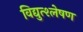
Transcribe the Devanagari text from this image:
विद्युत्श्लेषण